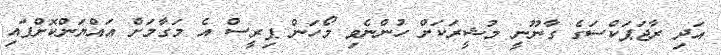
އަދި ރާޖަޕަކްސަގެ ގާނޫނީ މުޝީރަކަށް ހުންނެވި މޯހަން ޕިރީސް އެ މަގާމަށް އައްޔަންކޮށްފައި